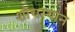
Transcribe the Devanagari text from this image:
शौचस्थान